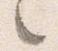
之